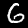
Digit: 6